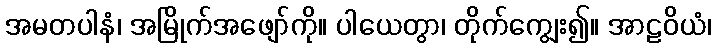
အမတပါနံ၊ အမြိုက်အဖျော်ကို။ ပါယေတွာ၊ တိုက်ကျွေး၍။ အာဠဝိယံ၊